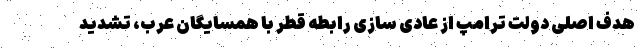
هدف اصلی دولت ترامپ از عادی سازی رابطه قطر با همسایگان عرب، تشدید